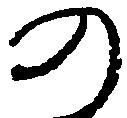
の